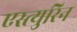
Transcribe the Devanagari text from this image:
एस्त्युरिन